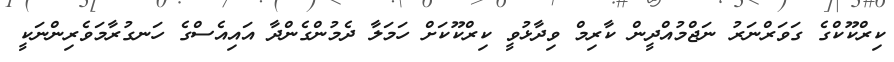
ކިރްކޫކްގެ ގަވަރްނަރު ނަޖްމުއްދީން ކާރިމް ވިދާޅުވީ ކިރްކޫކަށް ހަމަލާ ދެމުންގެންދާ އައިއެސްގެ ހަނގުރާމަވެރިންނަކީ